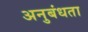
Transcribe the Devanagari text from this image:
अनुबंधता